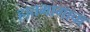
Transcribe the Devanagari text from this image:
हातमागाचा